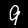
Digit: 9